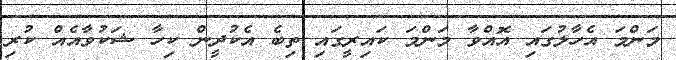
މަންމަ އެހާލުގައި އޮއްވާ މަންމަ ކައިރީގައި ތިބެ އެކުދީން ކިހާ ޝަކުވާއެއް ކުރި